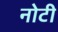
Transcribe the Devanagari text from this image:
नोटी